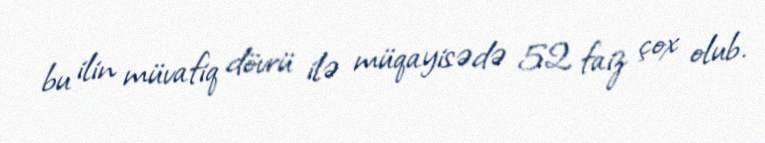
bu ilin müvafiq dövrü ilə müqayisədə 52 faiz çox olub.